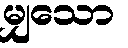
မျှသော